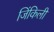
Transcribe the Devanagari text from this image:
जिंकिली